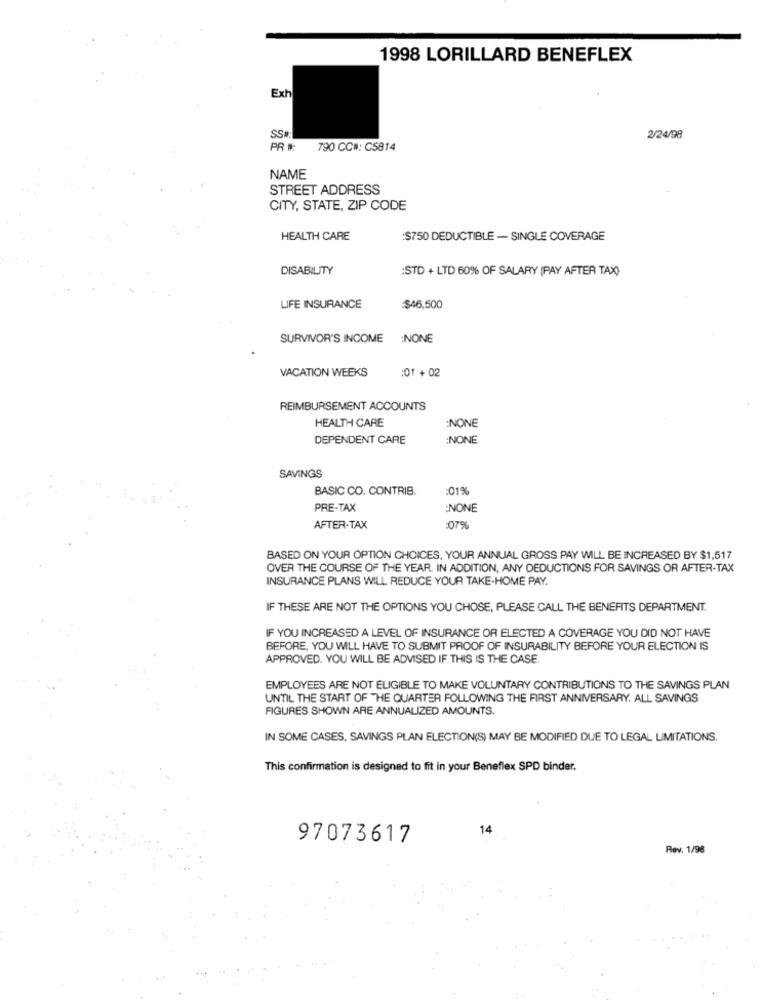
1998 LORILLARD BENEFLEX
Exh
SS#:
2/24/98
790 CC#: C5814
NAME
STREET ADDRESS
CITY, STATE, ZIP CODE
HEALTH CARE
:$750 DEDUCTIBLE - SINGLE COVERAGE
DISABILITY
:STD + LTD 60% OF SALARY (PAY AFTER TAX)
LIFE INSURANCE
:$46,500
SURVIVOR'S INCOME
:NONE
VACATION WEEKS
:01 + 02
REIMBURSEMENT ACCOUNTS
HEALTH CARE
:NONE
DEPENDENT CARE
:NONE
SAVINGS
BASIC CO. CONTRIB.
01%
PRE-TAX
:NONE
AFTER-TAX
:07%
BASED ON YOUR OPTION CHOICES, YOUR ANNUAL GROSS PAY WILL BE INCREASED BY $1,517
OVER THE COURSE OF THE YEAR. IN ADDITION, ANY DEDUCTIONS FOR SAVINGS OR AFTER-TAX
INSURANCE PLANS WILL REDUCE YOUR TAKE-HOME PAY.
IF THESE ARE NOT THE OPTIONS YOU CHOSE, PLEASE CALL THE BENEFITS DEPARTMENT.
IF YOU INCREASED A LEVEL OF INSURANCE OR ELECTED A COVERAGE YOU DID NOT HAVE
BEFORE, YOU WILL HAVE TO SUBMIT PROOF OF INSURABILITY BEFORE YOUR ELECTION IS
APPROVED. YOU WILL BE ADVISED IF THIS IS THE CASE.
EMPLOYEES ARE NOT ELIGIBLE TO MAKE VOLUNTARY CONTRIBUTIONS TO THE SAVINGS PLAN
UNTIL THE START OF THE QUARTER FOLLOWING THE FIRST ANNIVERSARY. ALL SAVINGS
FIGURES SHOWN ARE ANNUALIZED AMOUNTS.
IN SOME CASES, SAVINGS PLAN ELECTION(S) MAY BE MODIFIED DUE TO LEGAL LIMITATIONS.
This confirmation is designed to fit in your Beneflex SPD binder.
14
97073617
Rev. 1/98